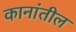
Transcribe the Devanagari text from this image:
कानांतील